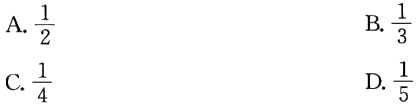
A. \(\frac{1}{2}\)
B. \(\frac{1}{3}\)
C. \(\frac{1}{4}\)
D. \(\frac{1}{5}\)